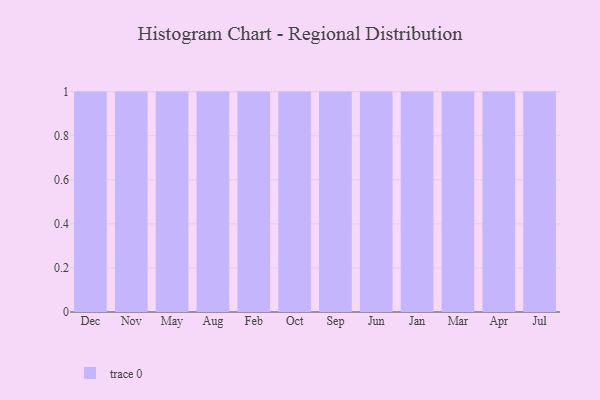
{"axis": {"x": "Month", "y": "Conversion Rate (%)"}, "legend": [""], "data": [{"x": "Dec", "y": 90, "type": ""}, {"x": "Nov", "y": 28, "type": ""}, {"x": "May", "y": 59, "type": ""}, {"x": "Aug", "y": 62, "type": ""}, {"x": "Feb", "y": 7, "type": ""}, {"x": "Oct", "y": 54, "type": ""}, {"x": "Sep", "y": 75, "type": ""}, {"x": "Jun", "y": 41, "type": ""}, {"x": "Jan", "y": 85, "type": ""}, {"x": "Mar", "y": 73, "type": ""}, {"x": "Apr", "y": 91, "type": ""}, {"x": "Jul", "y": 55, "type": ""}]}